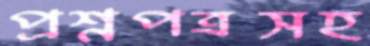
প্রশ্নপত্রসহ